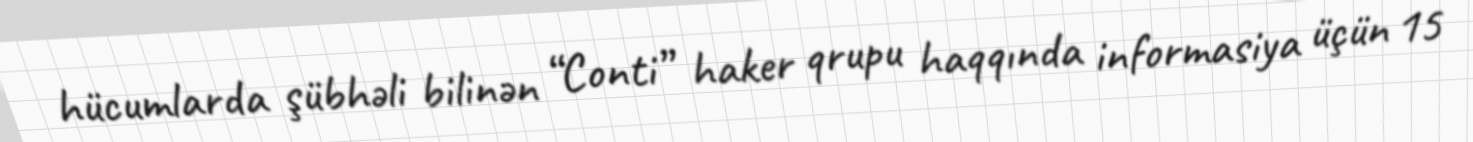
hücumlarda şübhəli bilinən “Conti” haker qrupu haqqında informasiya üçün 15